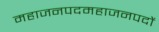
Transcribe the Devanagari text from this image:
महाजनपदमहाजनपदों